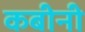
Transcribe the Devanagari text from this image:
कबीनी